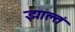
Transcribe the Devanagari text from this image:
झाल्तं